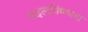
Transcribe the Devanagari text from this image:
बदलविण्याचा